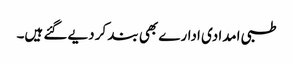
طبی امدادی ادارے بھی بند کر دیے گئے ہیں۔